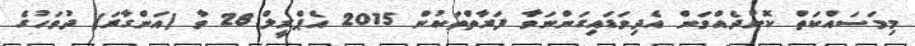
މިމަސައްކަތް ކޮށްދެއްވަން އެދިވަޑައިގަންނަވާ ފަރާތްތަކުން 2015 އެޕްރީލް 28 ވާ (އަންގާރަ) ދުވަހުގެ